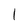
Character: 1